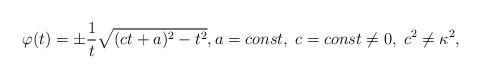
LaTeX: \begin{align*} \varphi(t) = \pm \frac{1}{t} \sqrt{(c t+a)^2 -t^2}, a =const, \; c = const \neq 0,\; c^2 \neq \kappa^2,\end{align*}